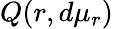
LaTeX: Q(r,d\mu_{r})